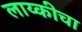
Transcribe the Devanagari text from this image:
लाय्कीचा